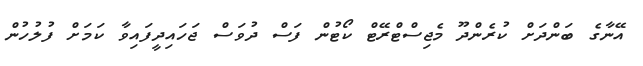
އޭނާގެ ބަންދަށް ކުރެންދޫ މެޖިސްޓްރޭޓް ކޯޓުން ފަސް ދުވަސް ޖަހައިދީފައިވާ ކަަމަށް ފުލުހުން